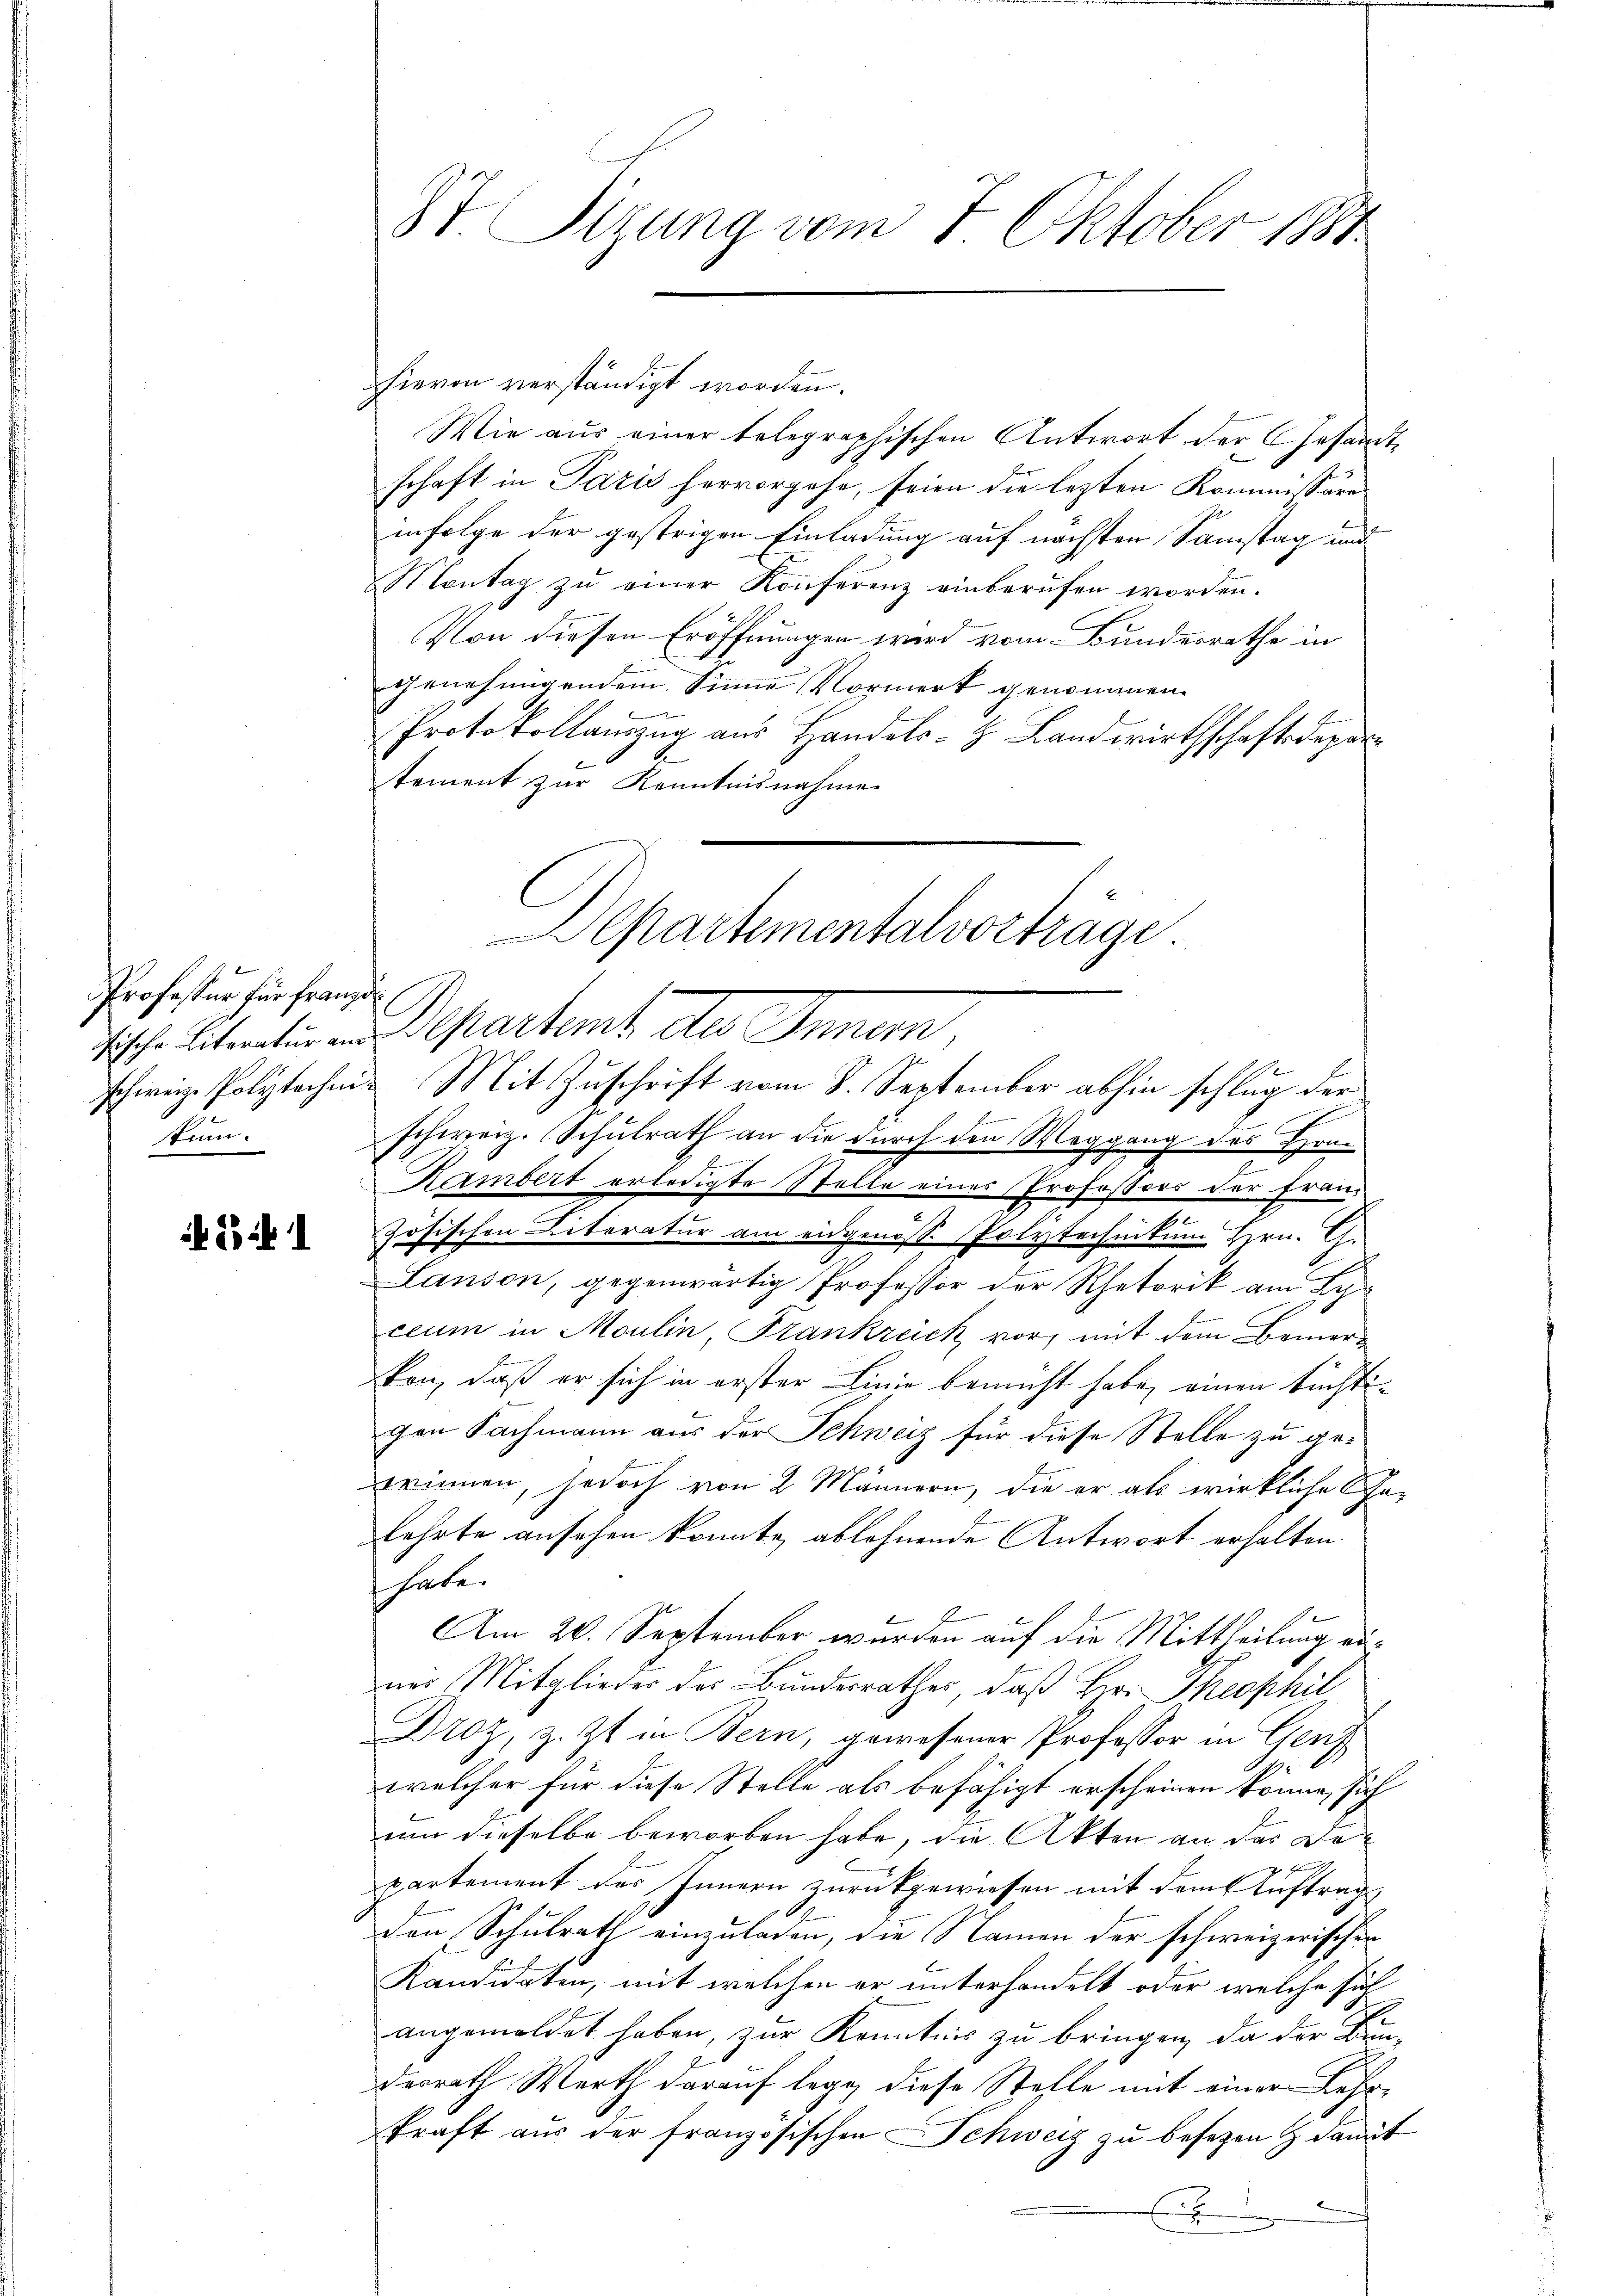
Professor für franzö
kum.

if. 23. 1

St. Sizung vom 7. Oktober 1881

hievon verständigt worden.
Wie aus einer belegraphischen Antwort der Gesandtschaft in Paris hervorgehe, seien die lezten Kommissäre
infolge der gestrigen Einladung auf nächsten Samstag und
Montag zu einer Konferenz einberufen worden.
C
Von diesen Eröffnungen wird vom Bundesrathe in
genehmigendem Sinne Vormerk genommen.

Protokollauszug aus Handels- & Landwirthschaftsdepartement zur Kenntnisnahme
Tische Literation und Departeme des Inner,
schweiz. Polytechen Mit Zuschrift vom 8. September abhin schlug der
f
s
schweiz. Schulrath an die durch den Weggang des Hran
B

Kambert erledigte Stelle einer Profeßors der Fran¬
2
zösischen Literatur am eidgenosse Polytechnikum Hrn. G.
Lanson, gegenwärtig Professor der Rhetorik am Hyceum in Moulin, Frankreich vor, mit dem Bemerkon, daß er sich in erster Linie bemüht habe, einen tüchtigen Fachmann aus der Schweiz für diese Stelle zu gewinnen, jedoch von 2 Männern, die er als wirkliche Calehrte ansehen konnte ablehnende Antwort erhalten.
häte
Am 20. September wurden auf die Mittheilung näner Mitglieder des Bundesrathes, daß Hr. Theophil
Droz, z. Zt. in Bern, gewesener Professor in Genf
welcher für diese Stelle als befähigt erscheinen könne, sich
um dieselbe beworben habe, die Akten an der Departement des Innern zurückgewiesen mit dem Auftrag
den Schulrath einzuladen, die Namen der schweizerischen
Kandidaten, mit welchen er unterhandelt oder welche sich
angemeldet haben, zur Kenntnis zu bringen, da der Bun-
derrath Werth darauf legg diese Stelle mit einer Lehrkraft aus der französischen Schweiz zu besezen & damit
E

Separtementalvorträge